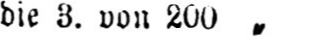
die 3. von 200„